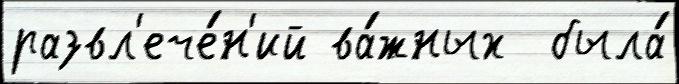
развл'ече́н'ий ва́жных  была́